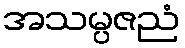
အသမ္ပဇညံ